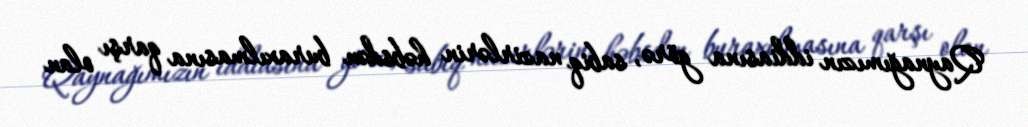
Qaynağımızın iddiasına görə, sabiq nazirlərin həbsdən buraxılmasına qarşı olan